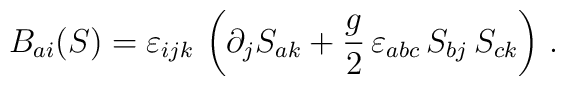
B_{ai}(S) = \varepsilon_{ijk}\,\left(\partial_j S_{ak} + \frac{g}{2}\,\varepsilon_{abc}\, S_{bj}\, S_{ck}\right)\,.